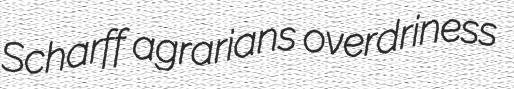
Scharff agrarians overdriness